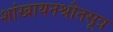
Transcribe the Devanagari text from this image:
शांखायनश्रौतसूत्र